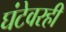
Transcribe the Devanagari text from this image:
घंटेवरही